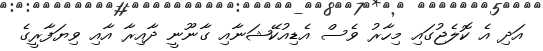
އަދި އެ ކޮލެޖުގައި މިހާރު ވެސް އެޑިއުކޭޝަނާއި ގާނޫނީ ދާއިރާ އާއި ވިޔަފާރީގެ